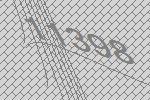
11398